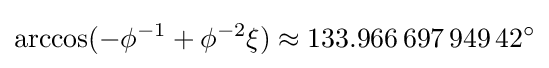
\arccos(-\phi ^{-1}+\phi ^{-2}\xi )\approx 133.966\,697\,949\,42^{\circ }